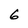
Character: 6